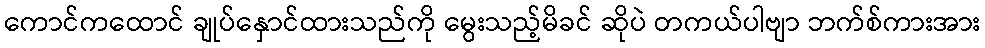
ကောင်ကထောင် ချုပ်နှောင်ထားသည်ကို မွေးသည့်မိခင် ဆိုပဲ တကယ်ပါဗျာ ဘက်စ်ကားအား